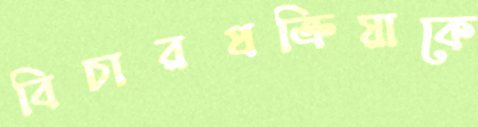
বিচারপ্রক্রিয়াকে